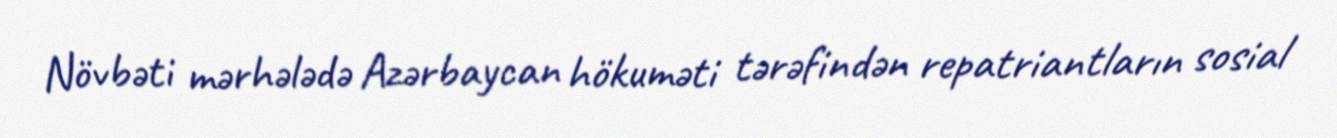
Növbəti mərhələdə Azərbaycan hökuməti tərəfindən repatriantların sosial